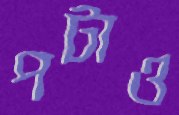
পটাও